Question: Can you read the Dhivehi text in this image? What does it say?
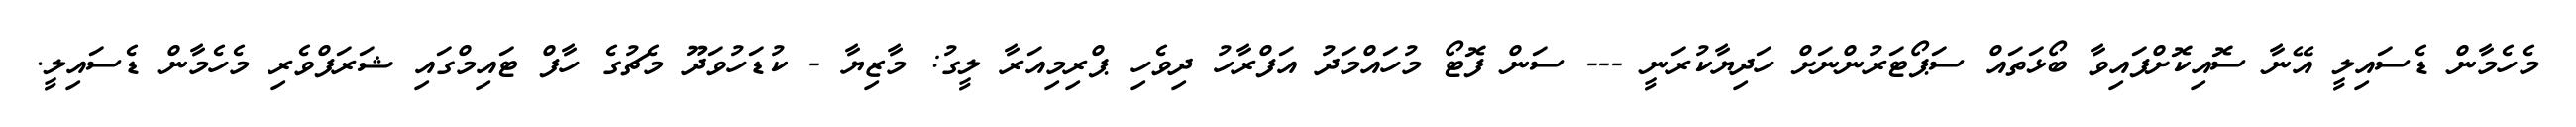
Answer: މެހެމާން ޑެސައިލީ އޭނާ ސޮއިކޮށްފައިވާ ބޯޅަތައް ސަޕޯޓަރުންނަށް ހަދިޔާކުރަނީ --- ސަން ފޮޓޯ މުހައްމަދު އަފްރާހު ދިވެހި ޕްރިމިއަރާ ލީގު: މާޒިޔާ - ކުޑަހުވަދޫ މެޗުގެ ހާފް ޓައިމްގައި ޝަރަފްވެރި މެހެމާން ޑެސައިލީ.